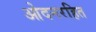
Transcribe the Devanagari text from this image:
ओदनरहित